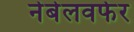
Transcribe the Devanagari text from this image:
नेबेलवर्फर